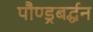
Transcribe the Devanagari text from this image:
पौण्ड्रबर्द्धन